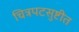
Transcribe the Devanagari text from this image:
चित्रपटसुष्टीत